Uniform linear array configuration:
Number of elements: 32
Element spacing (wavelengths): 0.75
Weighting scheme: exponential
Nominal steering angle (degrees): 0
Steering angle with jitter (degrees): -1.891
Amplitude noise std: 0.05
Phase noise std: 0.05

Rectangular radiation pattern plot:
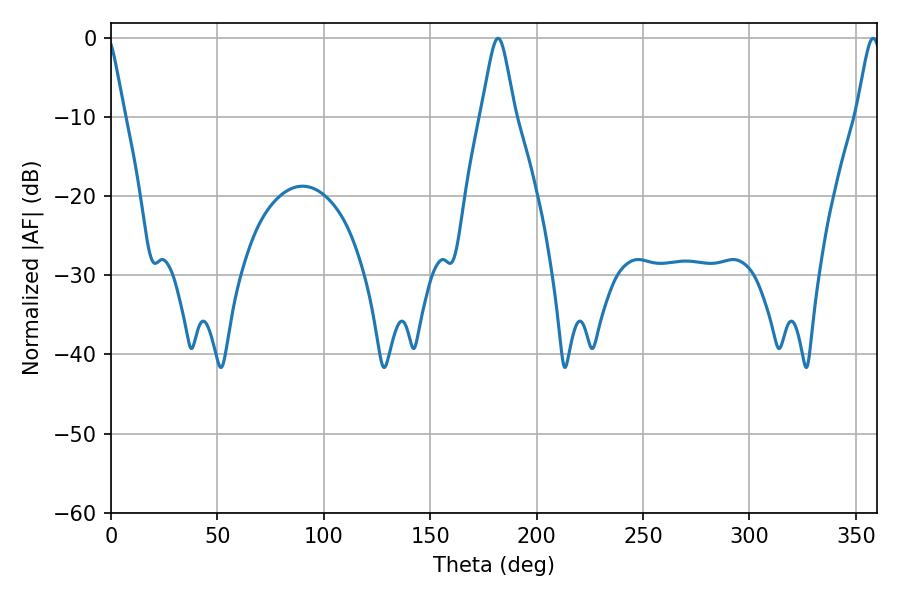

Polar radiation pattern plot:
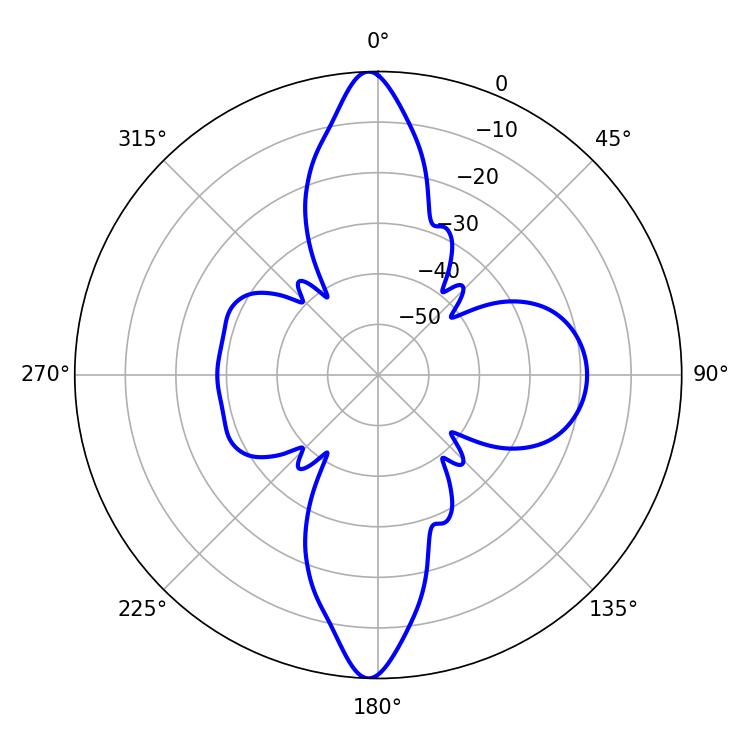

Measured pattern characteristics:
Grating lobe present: TRUE
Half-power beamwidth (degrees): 7.56
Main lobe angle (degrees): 181.8